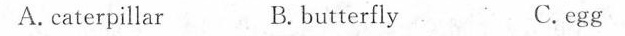
A.caterpillar B. butterfly C.egg